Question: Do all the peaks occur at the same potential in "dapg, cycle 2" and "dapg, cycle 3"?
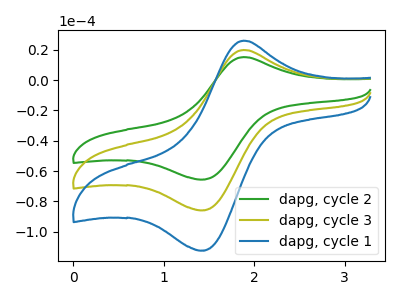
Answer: <think>The green curve "dapg, cycle 2" has an anodic peak at (1.90V, 15.15uA) and a cathodic peak at (1.40V, -65.50uA). The olive curve "dapg, cycle 3" has an anodic peak at (1.90V, 19.85uA) and a cathodic peak at (1.40V, -85.80uA). The blue curve "dapg, cycle 1" has an anodic peak at (1.90V, 39.70uA) and a cathodic peak at (1.40V, -171.55uA).</think>
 <answer>Yes, "dapg, cycle 2" have a peak in "dapg, cycle 3" at the same potential.</answer>
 <eval>match</eval>